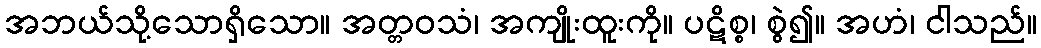
အဘယ်သို့သောရှိသော။ အတ္တဝသံ၊ အကျိုးထူးကို။ ပဋိစ္စ၊ စွဲ၍။ အဟံ၊ ငါသည်။